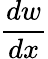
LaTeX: \frac{dw}{dx}